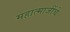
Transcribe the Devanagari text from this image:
महात्माजींचे